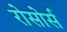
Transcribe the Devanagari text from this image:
रोसोर्स